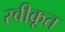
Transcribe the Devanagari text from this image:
स्वीक्रूत